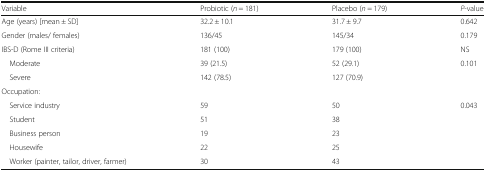
<table><thead><tr><td><b>Variable</b></td><td><b>Probiotic (<i>n</i> = 181)</b></td><td><b>Placebo (<i>n</i> = 179)</b></td><td><b><i>P</i>-value</b></td></tr></thead><tbody><tr><td>Age (years) [mean ± SD]</td><td>32.2 ± 10.1</td><td>31.7 ± 9.7</td><td>0.642</td></tr><tr><td>Gender (males/ females)</td><td>136/45</td><td>145/34</td><td>0.179</td></tr><tr><td>IBS-D (Rome III criteria)</td><td>181 (100)</td><td>179 (100)</td><td>NS</td></tr><tr><td> Moderate</td><td>39 (21.5)</td><td>52 (29.1)</td><td rowspan="2">0.101</td></tr><tr><td> Severe</td><td>142 (78.5)</td><td>127 (70.9)</td></tr><tr><td colspan="4">Occupation:</td></tr><tr><td> Service industry</td><td>59</td><td>50</td><td rowspan="5">0.043</td></tr><tr><td> Student</td><td>51</td><td>38</td></tr><tr><td> Business person</td><td>19</td><td>23</td></tr><tr><td> Housewife</td><td>22</td><td>25</td></tr><tr><td> Worker (painter, tailor, driver, farmer)</td><td>30</td><td>43</td></tr></tbody></table>